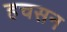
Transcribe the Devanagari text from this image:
हचसन